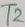
Text: T2